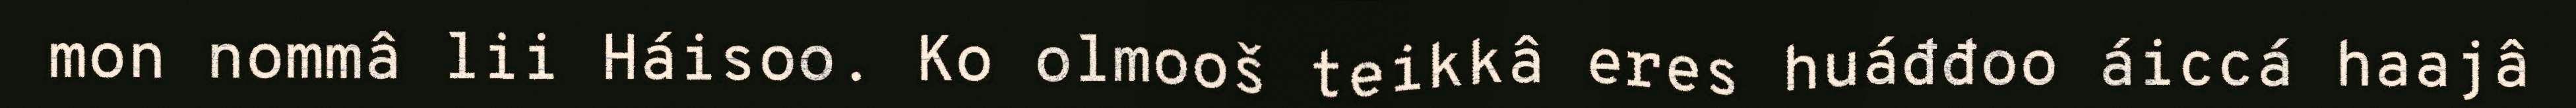
mon nommâ lii Háisoo. Ko olmooš teikkâ eres huáđđoo áiccá haajâ